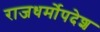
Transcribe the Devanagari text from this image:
राजधर्मोपदेश